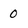
Character: 0